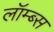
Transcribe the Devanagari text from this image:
लॉम्ब्स